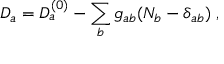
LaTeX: D _ { a } = D _ { a } ^ { ( 0 ) } - \sum _ { b } g _ { a b } ( N _ { b } - \delta _ { a b } ) \; ,